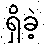
ရှိခဲ့